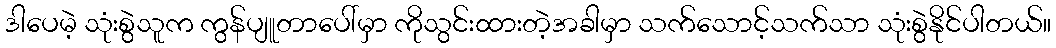
ဒါပေမဲ့ သုံးစွဲသူက ကွန်ပျူတာပေါ်မှာ ကိုသွင်းထားတဲ့အခါမှာ သက်သောင့်သက်သာ သုံးစွဲနိုင်ပါတယ်။